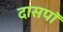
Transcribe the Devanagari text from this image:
दासपॉ